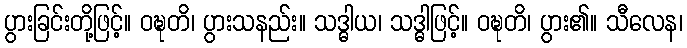
ပွားခြင်းတို့ဖြင့်။ ဝဍ္ဎတိ၊ ပွားသနည်း။ သဒ္ဓါယ၊ သဒ္ဓါဖြင့်။ ဝဍ္ဎတိ၊ ပွား၏။ သီလေန၊